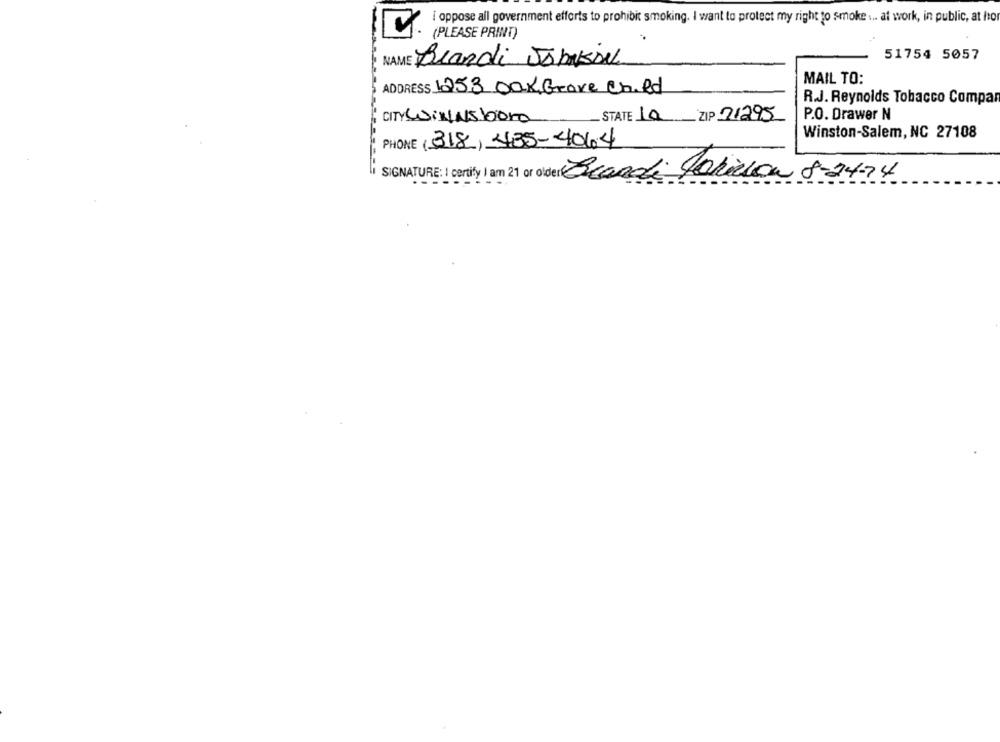
i oppose all government efforts to prohibit smoking. I want to protect my right to smoke ... at work, in public, at ho
(PLEASE PRINT)
NAME Brandi JobNesseL
51754 5057
MAIL TO:
ADDRESS 1253 Oak Grove Child
R.J. Reynolds Tobacco Compan
CITY WINNsbor
STATE 10 ZIP 21295
P.O. Drawer N
Winston-Salem, NC 27108
PHONE (318) 435-4064
SIGNATURE: I certify I am 21 or older Bandi Jakicon 8-24-74